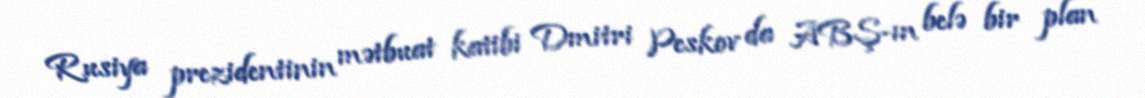
Rusiya prezidentinin mətbuat katibi Dmitri Peskov da ABŞ-ın belə bir plan